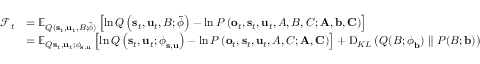
\begin{array} { r l } { \mathcal { F } _ { t } } & { = \mathbb { E } _ { Q ( \mathbf { s } _ { t } , \mathbf { u } _ { t } , B ; \tilde { \boldsymbol { \phi } } ) } \left[ \ln Q \left( \mathbf { s } _ { t } , \mathbf { u } _ { t } , B ; \tilde { \boldsymbol { \phi } } \right) - \ln P \left( \mathbf { o } _ { t } , \mathbf { s } _ { t } , \mathbf { u } _ { t } , A , B , C ; \mathbf { A } , \mathbf { b } , \mathbf { C } \right) \right] } \\ & { = \mathbb { E } _ { Q \mathbf { s } _ { t } , \mathbf { u } _ { t } ; \boldsymbol { \phi } _ { \mathbf { s } , \mathbf { u } } } \left[ \ln Q \left( \mathbf { s } _ { t } , \mathbf { u } _ { t } ; \boldsymbol { \phi } _ { \mathbf { s } , \mathbf { u } } \right) - \ln P \left( \mathbf { o } _ { t } , \mathbf { s } _ { t } , \mathbf { u } _ { t } , A , C ; \mathbf { A } , \mathbf { C } \right) \right] + \operatorname { D } _ { K L } \left( Q ( B ; \boldsymbol { \phi } _ { \mathbf { b } } ) \parallel P ( B ; \mathbf { b } ) \right) } \end{array}